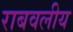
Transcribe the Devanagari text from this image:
राबवलीय